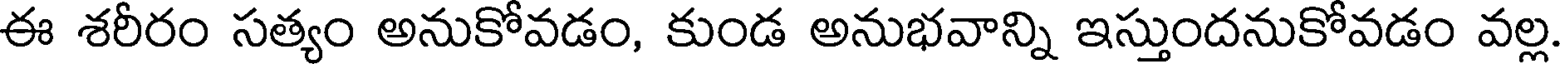
ఈ శరీరం సత్యం అనుకోవడం, కుండ అనుభవాన్ని ఇస్తుందనుకోవడం వల్ల